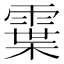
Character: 𩄓